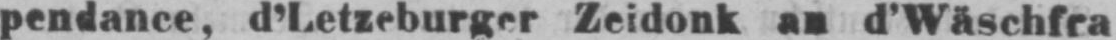
pendance, d’Letzeburger Zeidonk an d’Wäschfra